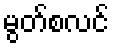
မွတ်စလင်